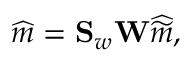
\widehat { \b { m } } = \mathbf { S } _ { w } \mathbf { W } \widehat { \widetilde { \b { m } } } ,